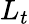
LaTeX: L_{t}